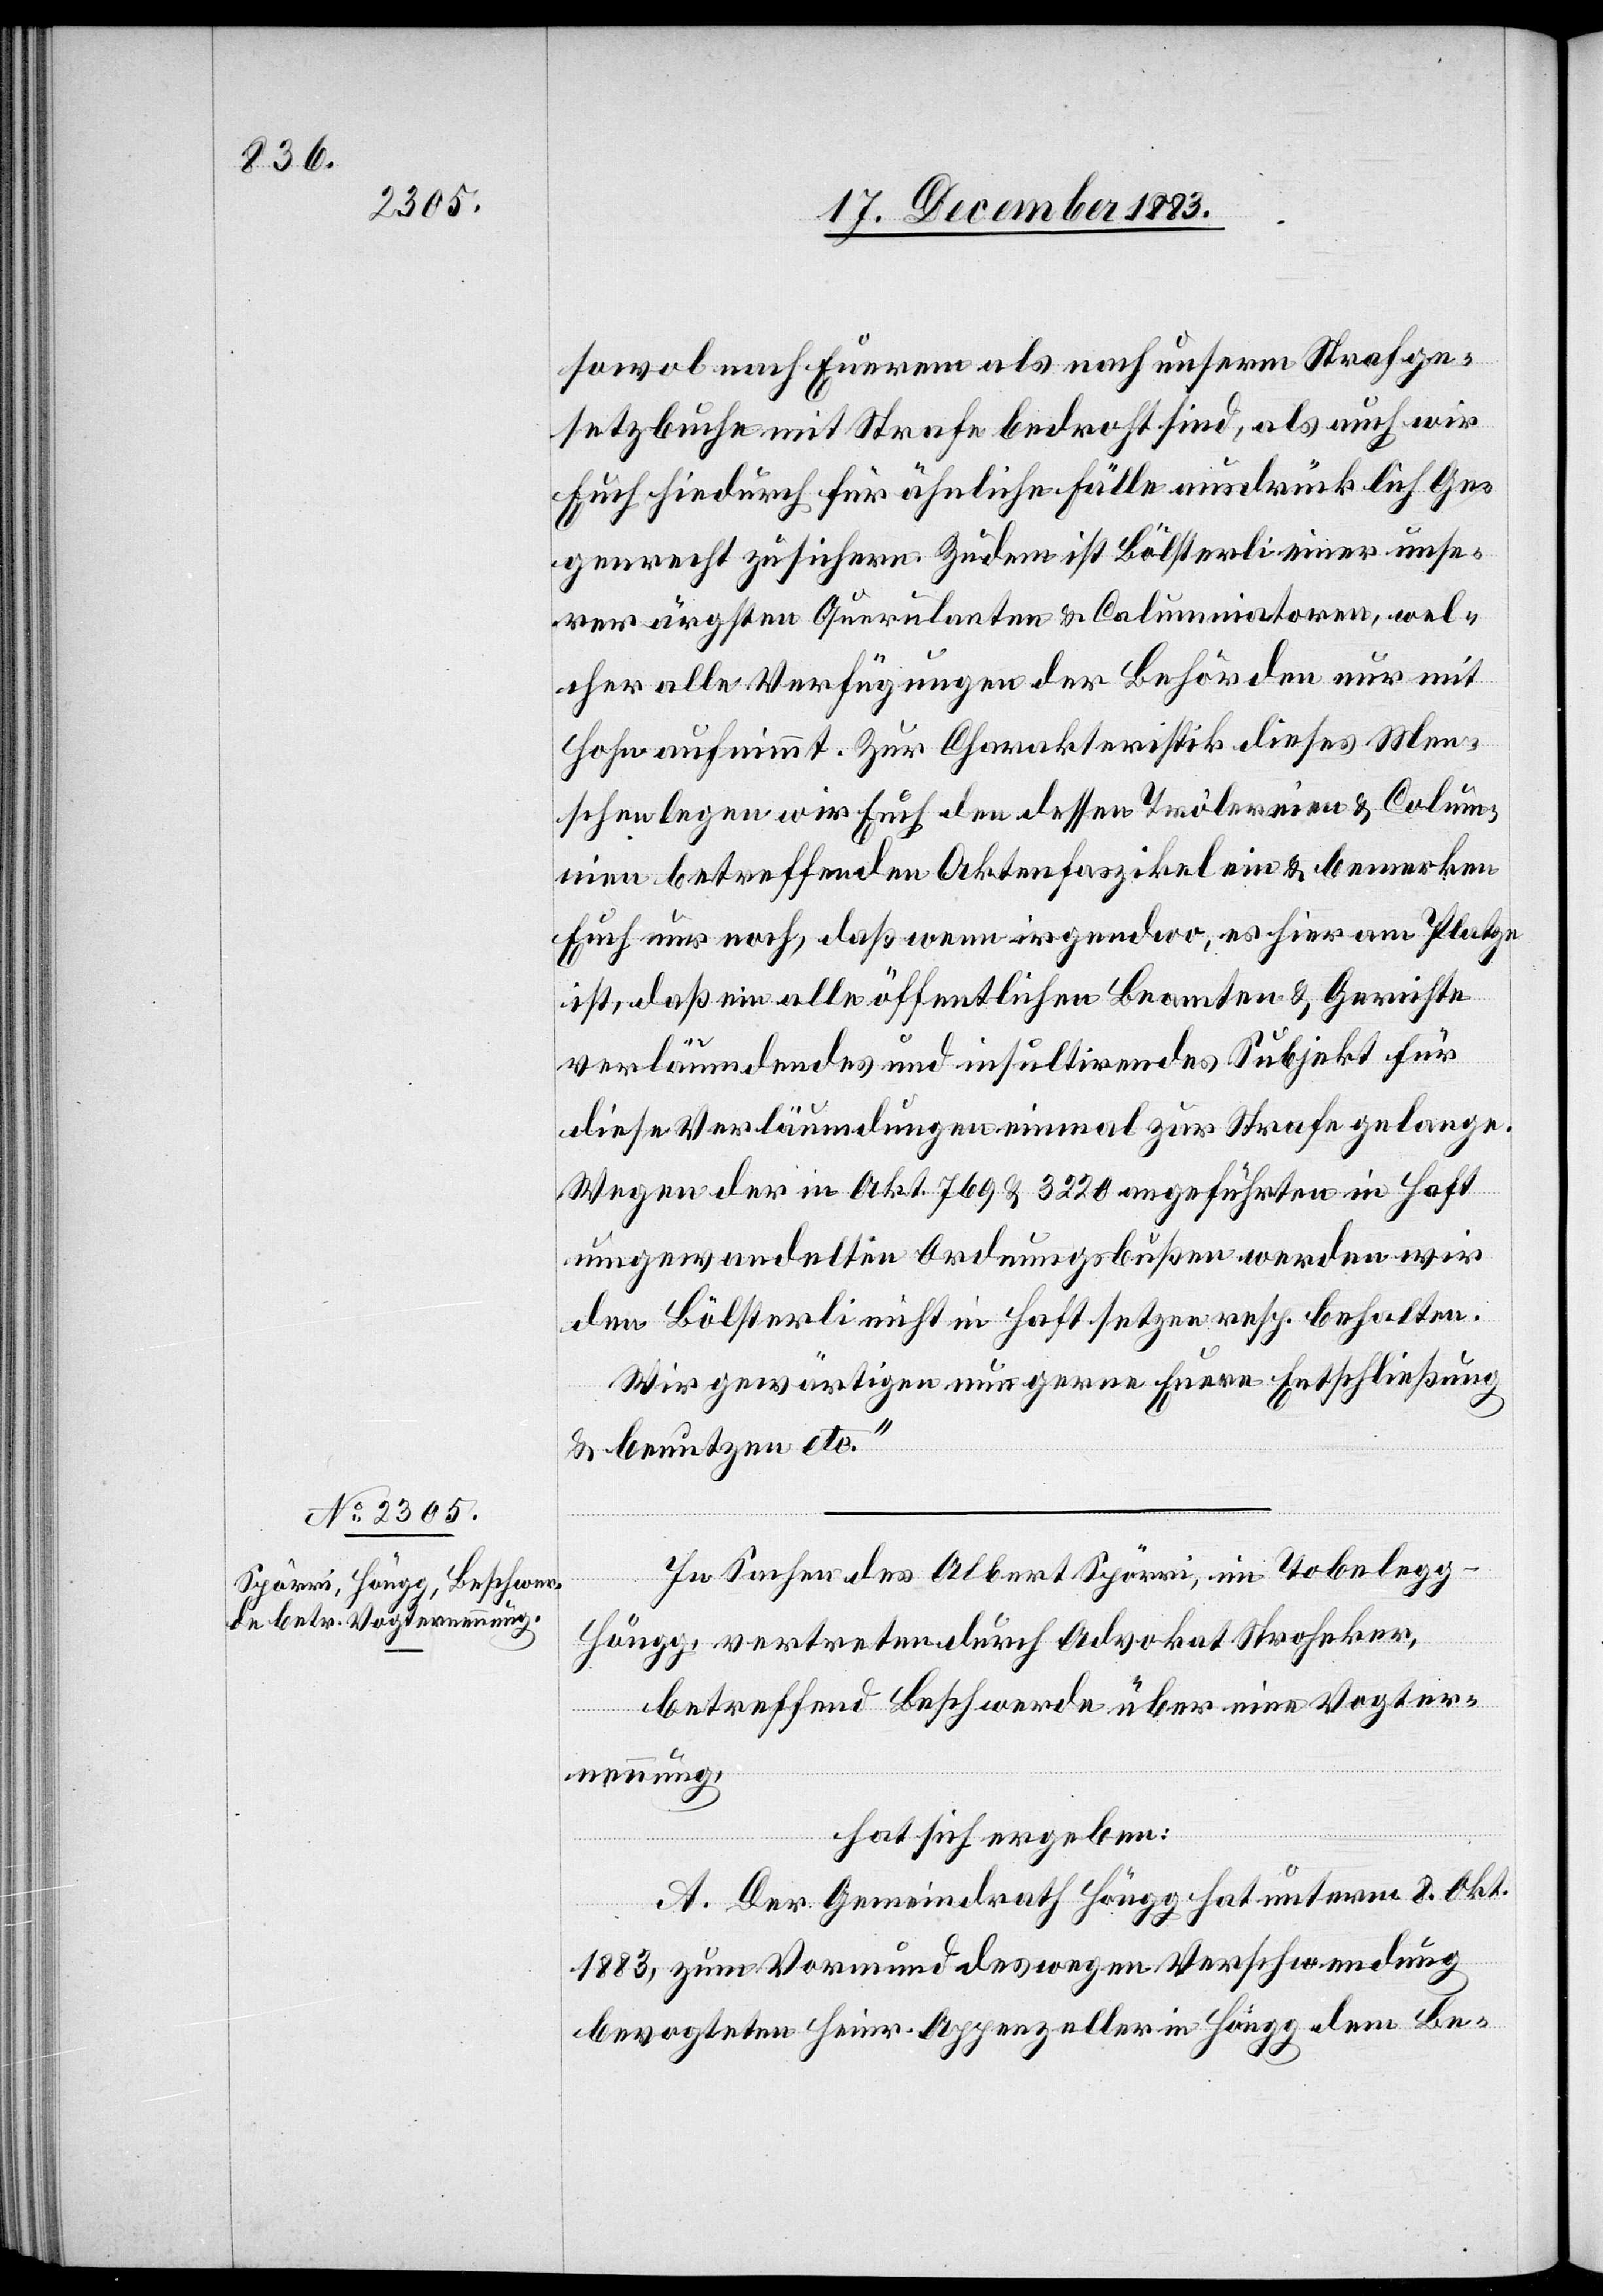
sowol nach Euerem als nach unserm Strafge¬
setzbuche mit Strafe bedroht sind, als auch wir
Euch hiedurch für ähnliche Fälle ausdrücklich Ge¬
genrecht zusichern. Zudem ist Bölsterli einer unse¬
rer ärgsten Querulanten & Calumniatoren, wel¬
cher alle Verfügungen der Behörden nur mit
Hohn aufnimmt. Zur Charakteristik dieses Men¬
schen legen wir Euch den dessen Trölereien & Colum¬
lumnien] betreffenden Aktenfaszikel ein & bemerken
Euch nur noch, daß wenn irgendwo, es hier am Platze
ist, daß ein alle öffentlichen Beamten & Gerichte
verläumdendes und insultirendes Subjekt für
diese Verläumdungen einmal zur Strafe gelange.
Wegen der in Akt. 769 & 3220 angeführten in Haft
umgewandelten Ordnungsbußen werden wir
den Bölsterli nicht in Haft setzen resp. behalten.
Wir gewärtigen nun gerne Euere Entschließung
& benutzen etc.“
In Sachen des Albert Spörri, im Tobelegg
cte: Ca¬
Höngg, vertreten durch Advokat Stroheker,
betreffend Beschwerde über eine Vogter¬
nennung,
hat sich ergeben:
A. Der Gemeindrath Höngg hat unterm 8. Okt.
1883, zum Vormund des wegen Verschwendung
bevogteten Heinr. Appenzeller in Höngg dem Be-